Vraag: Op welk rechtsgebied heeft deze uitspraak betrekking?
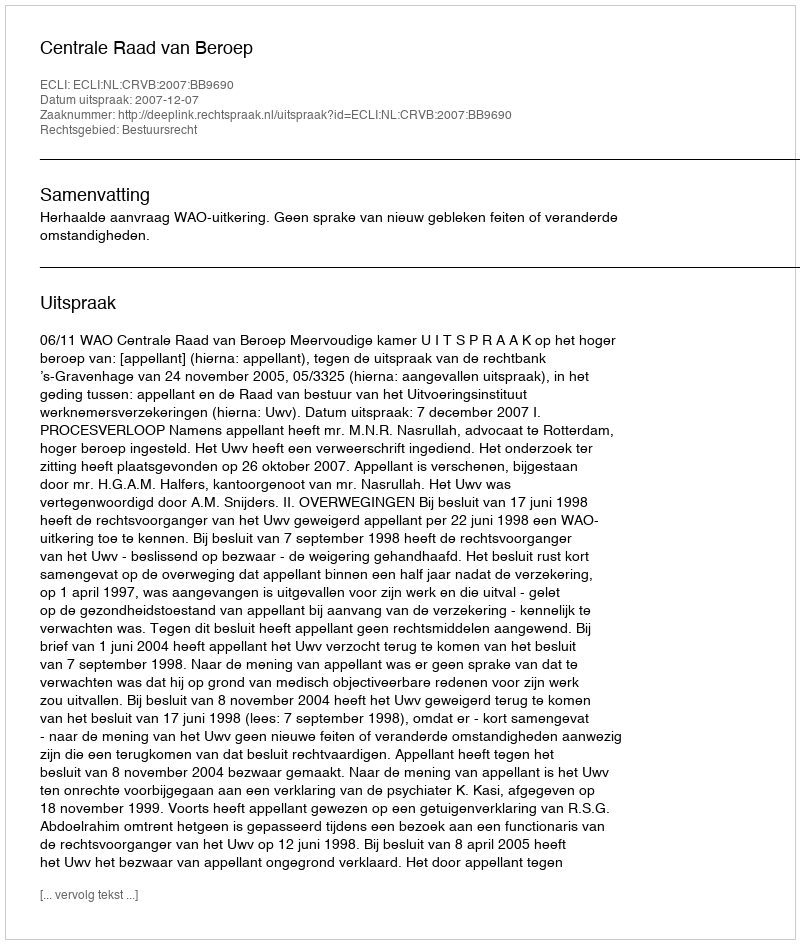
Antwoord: Bestuursrecht